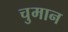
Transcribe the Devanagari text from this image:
चुमान